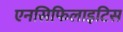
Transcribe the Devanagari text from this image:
एनसिफिलाइटिस